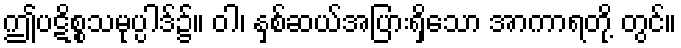
ဤပဋိစ္စသမုပ္ပါဒ်၌။ ဝါ၊ နှစ်ဆယ်အပြားရှိသော အာကာရတို့ တွင်။